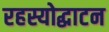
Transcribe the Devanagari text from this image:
रहस्योद्धाटन